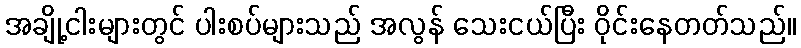
အချို့ငါးများတွင် ပါးစပ်များသည် အလွန် သေးငယ်ပြီး ဝိုင်းနေတတ်သည်။